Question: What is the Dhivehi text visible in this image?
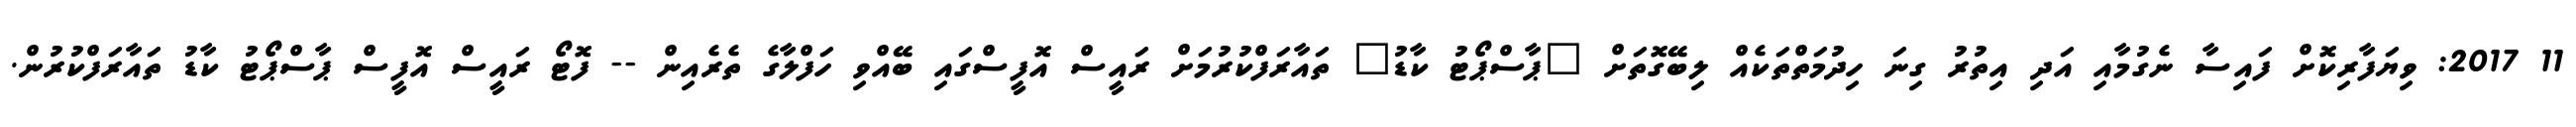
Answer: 11 2017: ވިޔަފާރިކޮށް ފައިސާ ނެގުމާއި އަދި އިތުރު ގިނަ ހިދުމަތްތަކެއް ލިބޭގޮތަށް "ޕާސްޕޯޓު ކާޑު" ތައާރަފްކުރުމަށް ރައީސް އޮފީސްގައި ބޭއްވި ހަފްލާގެ ތެރެއިން -- ފޮޓޯ ރައީސް އޮފީސް ޕާސްޕޯޓު ކާޑު ތައާރަފްކުރުން.